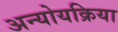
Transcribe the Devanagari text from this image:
अन्योयक्रिया